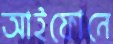
আইফোনে